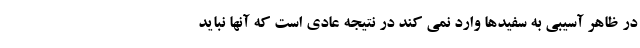
در ظاهر آسیبی به سفیدها وارد نمی کند در نتیجه عادی است که آنها نباید